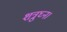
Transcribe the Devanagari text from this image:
शत्रुघ्न।